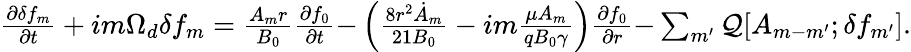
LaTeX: \begin{array}{r}{\frac{\partial\delta f_{m}}{\partial t}+{im\Omega_{d}\delta f_{m}}=\frac{A_{m}r}{B_{0}}\frac{\partial f_{0}}{\partial t}{-\left(\frac{8r^{2}\dot{A}_{m}}{21B_{0}}-im\frac{\mu A_{m}}{qB_{0}\gamma}\right)\frac{\partial f_{0}}{\partial r}}{-\sum_{m^{\prime}}\mathcal{Q}[A_{m-m^{\prime}};\delta f_{m^{\prime}}].}}\end{array}